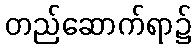
တည်ဆောက်ရာ၌